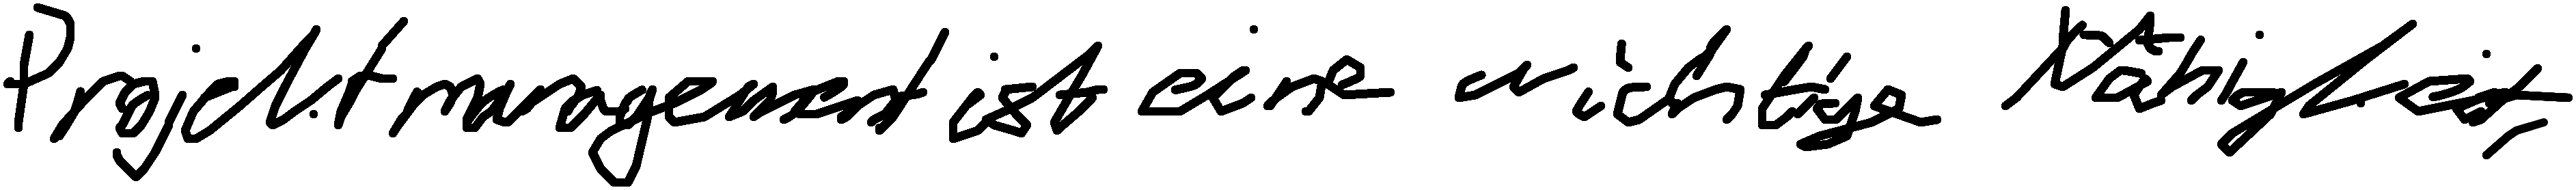
Projektmanagement ist eine wichtige Fähigkeit.